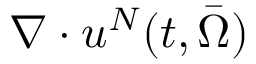
\nabla \cdot u ^ { N } ( t , \Bar { \Omega } )